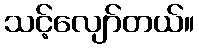
သင့်လျော်တယ်။